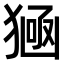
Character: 𤠀